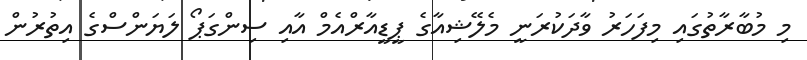
މި މުބާރާތުގައި މިފަހަރު ވާދަކުރަނީ މެލޭޝިއާގެ ޕީޑީއާރްއެމް އާއި ސިންގަޕޯ ލަޔަންސްގެ އިތުރުން